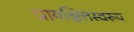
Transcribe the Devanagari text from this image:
प्रायश्चित्तस्वरूप